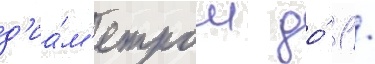
д'иа́м'етром до́ 1 /